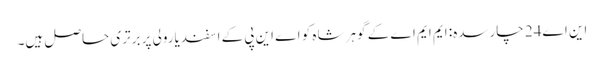
این اے24 چارسدہ: ایم ایم اے کے گوہر شاہ کو اے این پی کے اسفندیارولی پر برتری حاصل ہیں۔